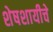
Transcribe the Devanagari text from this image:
शेषशायीचे